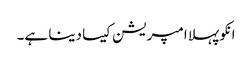
انکو پہلا امپریشن کیسا دینا ہے۔